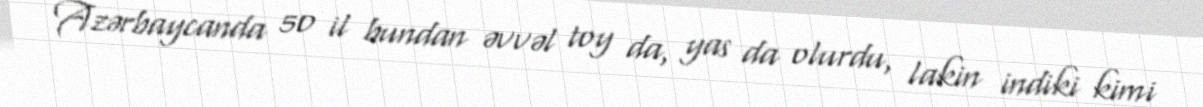
Azərbaycanda 50 il bundan əvvəl toy da, yas da olurdu, lakin indiki kimi